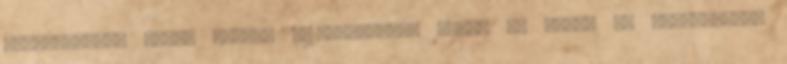
Blogolkodom, tehát vagyok xx18Rolandxx: Előre is köszi az ajánlásokat